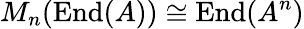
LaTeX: M_{n}(\operatorname{End}(A))\cong\operatorname{End}(A^{n})